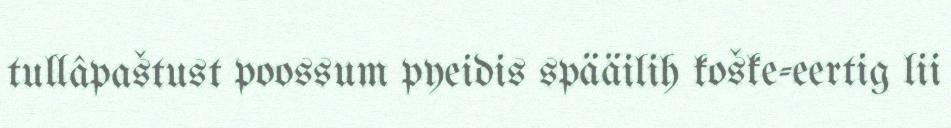
tullâpaštust poossum pyeidis spääilih koške-eertig lii